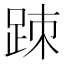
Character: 䟱